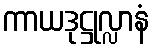
ကာယဒုဋ္ဌုလ္လာနံ